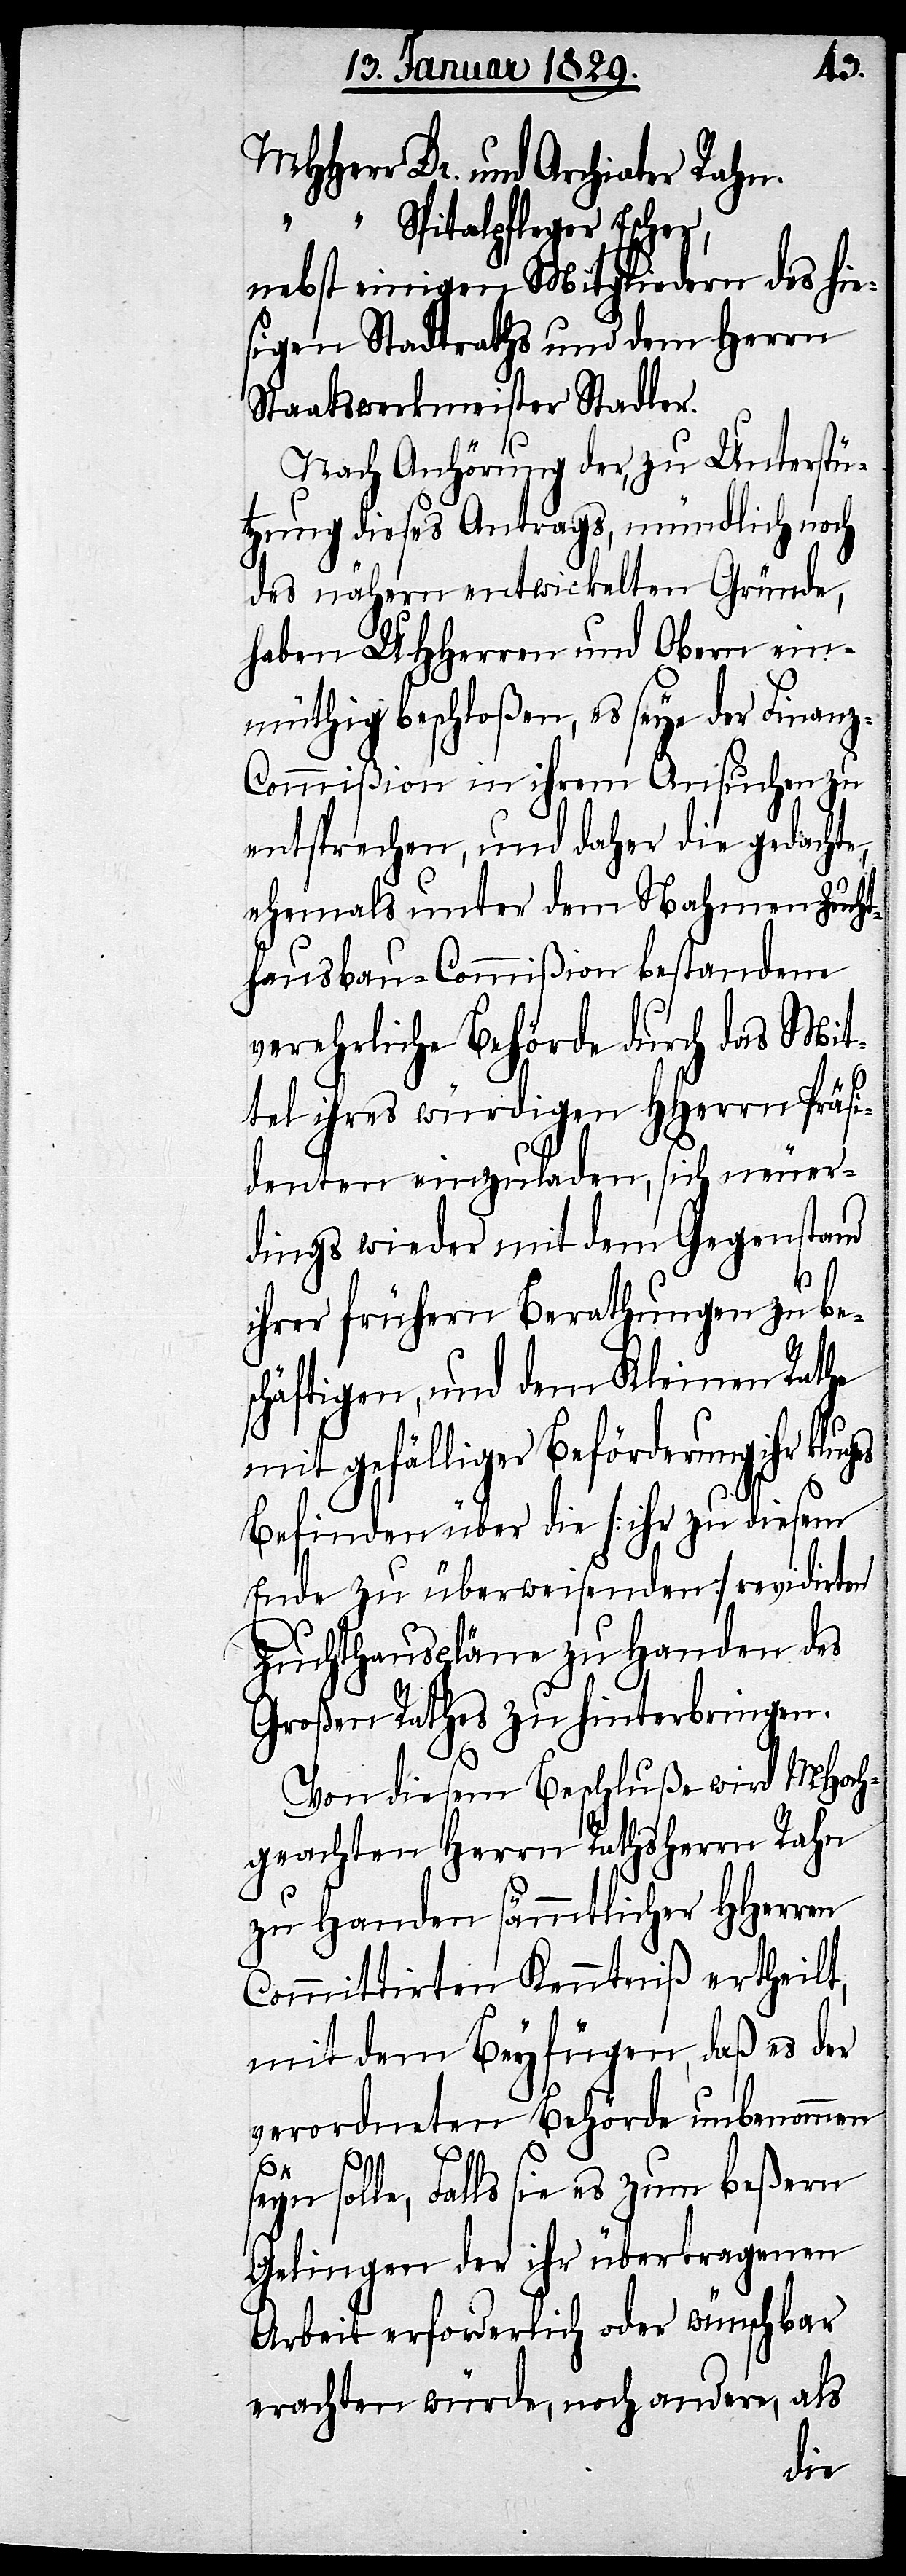
MHHerr Dr. und Archiater Rahn.
“ Spitalpfleger Escher,
nebst einigen Mitgliedern des hie¬
sigen Stadtraths und dem Herrn
Staatswerkmeister Stadler.
Nach Anhörung der, zu Unterstü¬
tzung dieses Antrags, mündlich noch
des nähern entwickelten Gründe,
haben UHHerren und Ober ein¬
müthig beschloßen, es seye der Finan¬
z-Commißion in ihrem Ansuchen zu
entsprechen, und daher die gedachte,
ehemals unter dem Nahmen Zucht¬
hausbau-Commißion bestandene
verehrliche Behörde durch das Mit¬
tel ihres würdigen HHerrn Präsi¬
denten einzuladen, sich neuer¬
dings wieder mit dem Gegenstand
ihrer frühern Berathung zu be¬
schäftigen, und dem Kleinen Rathe
mit gefälliger Beförderung ihr
Befinden über die [ihr zu diesem
Ende zu überweisenden] revidirten
Zuchthauspläne zu Handen des
Großen Rathes zu hinterbringen.
Von diesem Beschluße wird MHoch¬
geachten Herrn Rathsherr Rahn
zu Handen sämmtlicher HHerren
Committirten Kenntniß ertheilt,
mit dem Beyfügen, daß es der
verordneten Behörde unbenommen
seyn solle, Falls sie es zum beßern
Gelingen der ihr übertragenen
Arbeit erforderlich oder wünschbar
erachten würde, noch andere, als